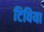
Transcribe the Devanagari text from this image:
टिविया